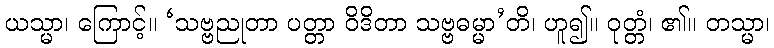
ယသ္မာ၊ ကြောင့်။ ‘သဗ္ဗညုတာ ပတ္တာ ဝိဒိတာ သဗ္ဗဓမ္မာ’တိ၊ ဟူ၍။ ဝုတ္တံ၊ ၏။ တသ္မာ၊